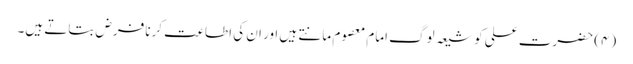
(۴) حضرت علی کو شیعہ لوگ امام معصوم مانتے ہیں اور ان کی اطاعت کرنا فرض بتاتے ہیں۔